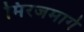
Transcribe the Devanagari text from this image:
मिरजमार्गे